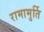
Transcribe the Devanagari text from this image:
रामामुर्ति